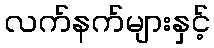
လက်နက်များနှင့်